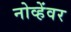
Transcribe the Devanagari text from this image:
नोव्हेंवर